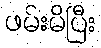
ဖမ်းမိပြီး